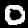
Label: 0